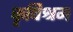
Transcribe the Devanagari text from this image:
कृषिश्रम